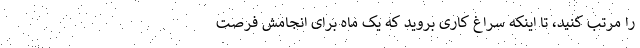
را مرتب کنید، تا اینکه سراغ کاری بروید که یک ماه برای انجامش فرصت